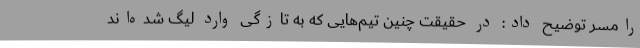
رامسر توضیح داد: در حقیقت چنین تیم‌هایی که به تازگی وارد لیگ شده‌اند